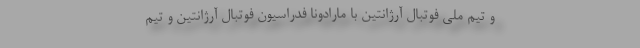
و تیم ملی فوتبال آرژانتین با مارادونا فدراسیون فوتبال آرژانتین و تیم